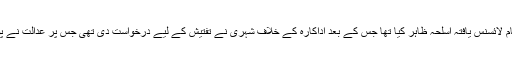
بھارتی میڈیا رپورٹس کےمطابق 1996 میں کم عمری میں سوہا علی خان نے اپنے نام لائسنس یافتہ اسلحہ ظاہر کیا تھا جس کے بعد اداکارہ کے خلاف شہری نے تفتیش کے لیے درخواست دی تھی جس پر عدالت نے پولیس کو سوہا علی خان کے اسلحہ لائسنس سے متعلق رپورٹ جمع کرانے کا حکم دیا۔